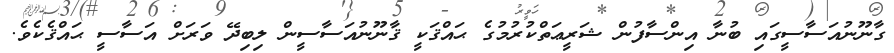
ގާނޫނުއަސާސީގައި ބުނާ އިންސާފުން ޝަރީޢަތްކުރުމުގެ ޙައްޤަކީ ޤާނޫނުއަސާސީން ލިބިދޭ ވަރަށް އަސާސީ ޙައްޤެކެވެ.